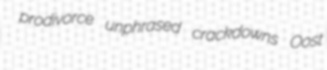
prodivorce unphrased crackdowns Oost